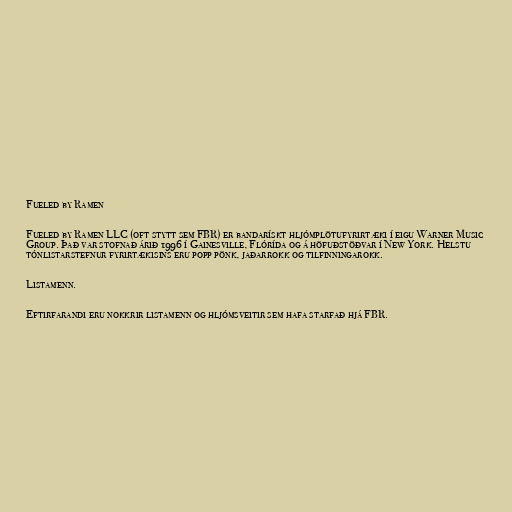
Fueled by Ramen

Fueled by Ramen LLC (oft stytt sem FBR) er bandarískt hljómplötufyrirtæki í eigu Warner Music
Group. Það var stofnað árið 1996 í Gainesville, Flórída og á höfuðstöðvar í New York. Helstu
tónlistarstefnur fyrirtækisins eru popp pönk, jaðarrokk og tilfinningarokk.

Listamenn.

Eftirfarandi eru nokkrir listamenn og hljómsveitir sem hafa starfað hjá FBR.